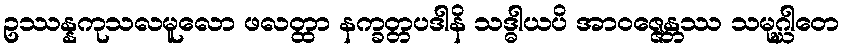
ဥဿန္နကုသလမူလော ဖလတ္ထာ နက္ခတ္တပဒါနိ သဒ္ဓါယပိ အာဝဇ္ဇေန္တဿ သမုဂ္ဃါတေ